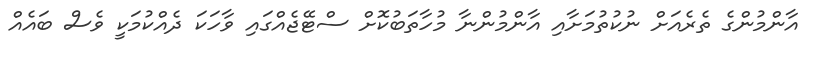
އާންމުންގެ ތެރެއަށް ނުކުތުމަށާއި އާންމުންނާ މުހާތަބުކޮށް ސްޓޭޖެއްގައި ވާހަކަ ދެއްކުމަކީ ވެސް ބައެއް